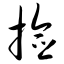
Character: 捡